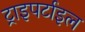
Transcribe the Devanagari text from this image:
ट्राइपर्टाइल